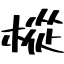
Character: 樅